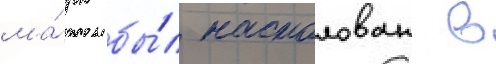
ма́рк бы́л настолован в